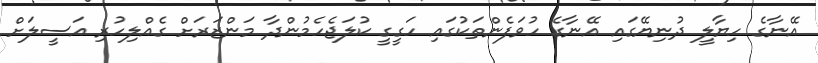
އޭނާގެ ހިޔާލީ ދުނިޔޭގައި އޭނާގެ ހުވަފެންތަކުގައި ހަގީގީ ކުލަޖެހެމުންދާ މަންޒަރަށް ގެއްލިހުރި އަސީލަށް